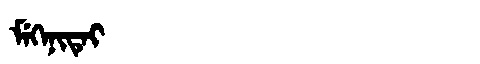
Manchu: ᠮᡝᡴᡝᠨᡳᡨᡝᡳ
Romanization: MEKENITEI